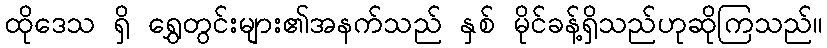
ထိုဒေသ ရှိ ရွှေတွင်းများ၏အနက်သည် နှစ် မိုင်ခန့်ရှိသည်ဟုဆိုကြသည်။